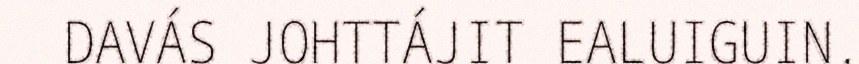
DAVÁS JOHTTÁJIT EALUIGUIN.